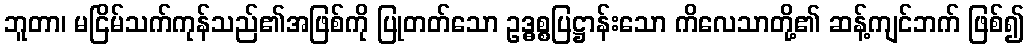
ဘူတာ၊ မငြိမ်သက်ကုန်သည်၏အဖြစ်ကို ပြုတတ်သော ဥဒ္ဓစ္စပြဋ္ဌာန်းသော ကိလေသာတို့၏ ဆန့်ကျင်ဘက် ဖြစ်၍